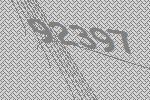
92397